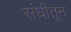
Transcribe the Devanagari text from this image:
संधीतून